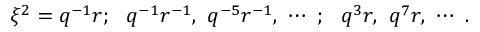
\xi ^ { 2 } = q ^ { - 1 } r ; ~ ~ q ^ { - 1 } r ^ { - 1 } , ~ q ^ { - 5 } r ^ { - 1 } , ~ \cdots ~ ; ~ ~ q ^ { 3 } r , ~ q ^ { 7 } r , ~ \cdots ~ .